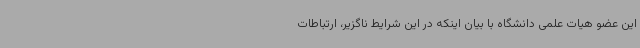
این عضو هیات علمی دانشگاه با بیان اینکه در این شرایط ناگزیر، ارتباطات